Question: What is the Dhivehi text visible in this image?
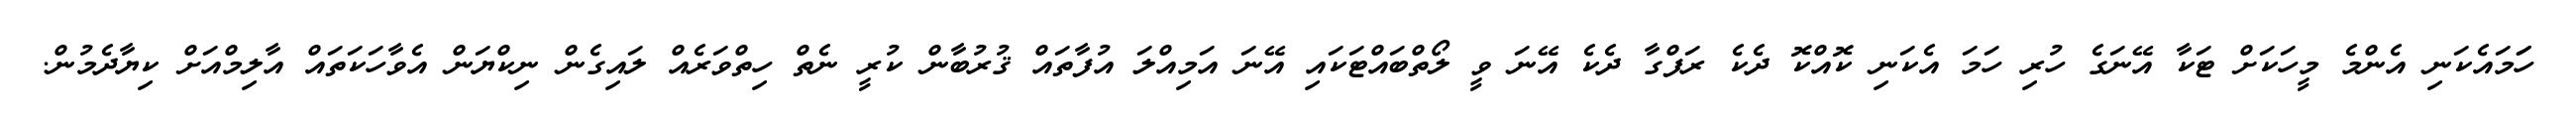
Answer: ހަަމައެކަނި އެންމެ މީހަކަށް ޓަކާ އޭނަގެ ހުރި ހަމަ އެކަނި ކޮއްކޮ ދެކެ ރަފްގާ ދެކެ އޭނަ ވީ ލޯތްބައްޓަކައި އޭނަ އަމިއްލަ އުފާތައް ޤުރުބާން ކުރީ ނެތް ހިތްވަރެއް ލައިގެން ނިކްޔަން އެވާހަކަތައް އާލިމްއަށް ކިޔާދެމުން.